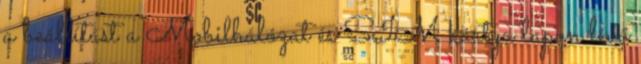
a beállítást a Mobilhálózat és SIM kártya lapon lévő